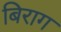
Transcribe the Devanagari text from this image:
बिराग